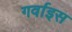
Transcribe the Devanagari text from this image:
गर्वाइस